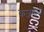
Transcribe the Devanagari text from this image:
क़ज़वीनी